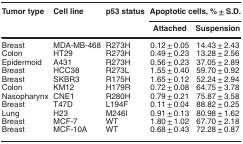
<table><thead><tr><td><b>Tumor type</b></td><td><b>Cell line</b></td><td><b>p53 status</b></td><td colspan="2"><b>Apoptotic cells, %±S.D.</b></td></tr><tr><td>[EMPTY_CELL]</td><td>[EMPTY_CELL]</td><td>[EMPTY_CELL]</td><td><b>Attached</b></td><td><b>Suspension</b></td></tr></thead><tbody><tr><td>Breast</td><td>MDA-MB-468</td><td>R273H</td><td>0.12±0.05</td><td>14.43±2.43</td></tr><tr><td>Colon</td><td>HT29</td><td>R273H</td><td>0.49±0.23</td><td>13.28±2.56</td></tr><tr><td>Epidermoid</td><td>A431</td><td>R273H</td><td>0.56±0.23</td><td>37.05±2.89</td></tr><tr><td>Breast</td><td>HCC38</td><td>R273L</td><td>1.55±0.40</td><td>59.70±0.92</td></tr><tr><td>Breast</td><td>SKBR3</td><td>R175H</td><td>1.65±0.12</td><td>52.24±2.94</td></tr><tr><td>Colon</td><td>KM12</td><td>H179R</td><td>0.72±0.08</td><td>64.75±3.78</td></tr><tr><td>Nasopharynx</td><td>CNE1</td><td>R280H</td><td>0.79±0.21</td><td>75.87±3.58</td></tr><tr><td>Breast</td><td>T47D</td><td>L194F</td><td>0.11±0.04</td><td>88.82±0.25</td></tr><tr><td>Lung</td><td>H23</td><td>M246I</td><td>0.91±0.13</td><td>80.98±1.62</td></tr><tr><td>Breast</td><td>MCF-7</td><td>WT</td><td>1.80±1.02</td><td>67.70±2.18</td></tr><tr><td>Breast</td><td>MCF-10A</td><td>WT</td><td>0.68±0.43</td><td>72.28±0.87</td></tr></tbody></table>